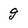
Character: g